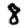
Digit: 8